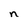
Character: n